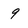
Character: 9